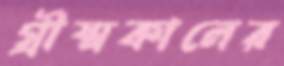
গ্রীষ্মকালের